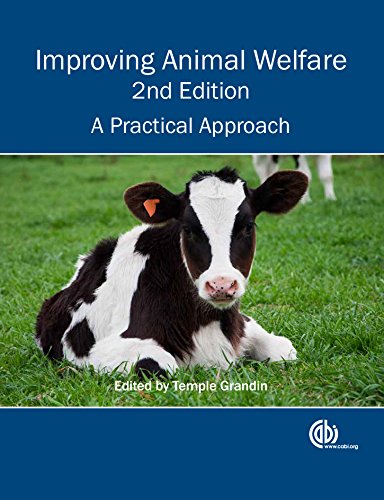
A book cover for Improving Animal Welfare: A Practical Approach; Temple Grandin; Science & Math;